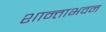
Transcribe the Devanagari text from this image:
शान्ताभवन